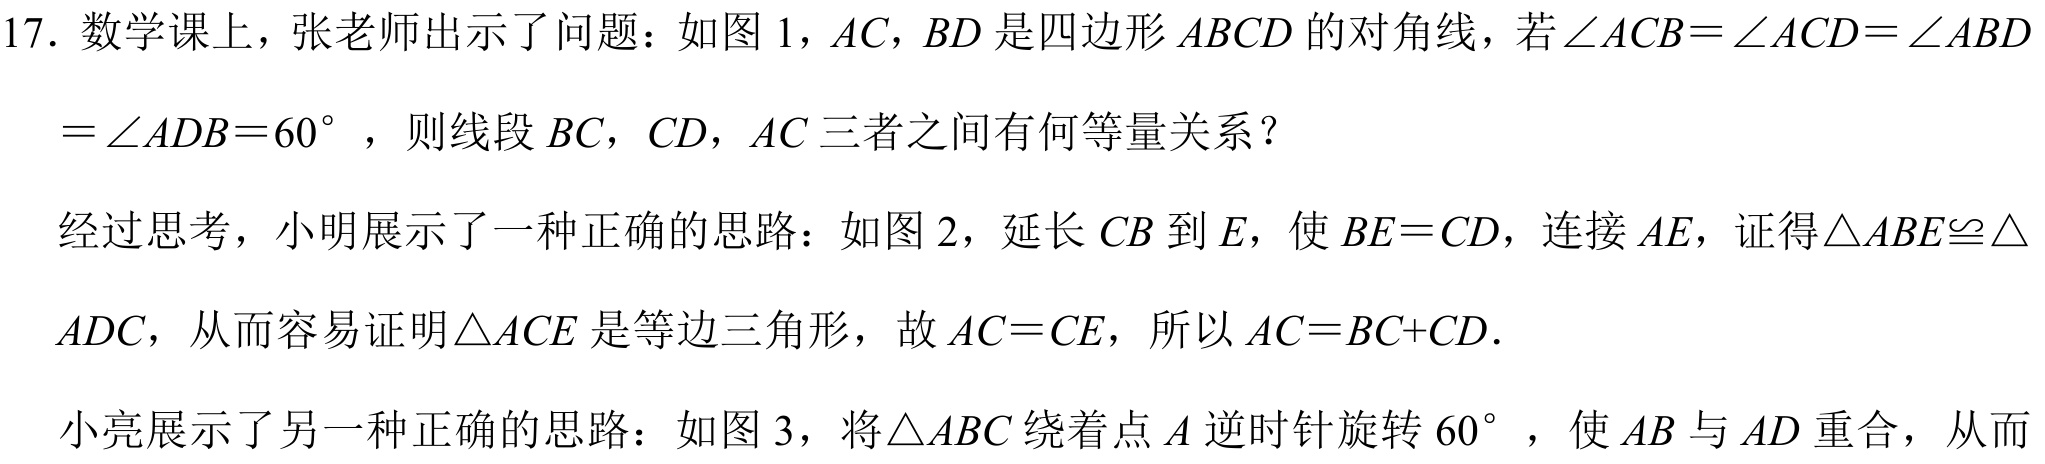
17. 数学课上，张老师出示了问题：如图 1，\(AC\)，\(BD\) 是四边形 \(ABCD\) 的对角线，若 \(\angle ACB = \angle ACD=\angle ABD\)
\(=\angle ADB = 60^{\circ}\)，则线段 \(BC\)，\(CD\)，\(AC\) 三者之间有何等量关系？
经过思考，小明展示了一种正确的思路：如图 2，延长 \(CB\) 到 \(E\)，使 \(BE = CD\)，连接 \(AE\)，证得 \(\triangle ABE\cong\triangle\)
\(ADC\)，从而容易证明 \(\triangle ACE\) 是等边三角形，故 \(AC = CE\)，所以 \(AC = BC + CD\).
小亮展示了另一种正确的思路：如图 3，将 \(\triangle ABC\) 绕着点 \(A\) 逆时针旋转 \(60^{\circ}\)，使 \(AB\) 与 \(AD\) 重合，从而